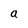
Character: a